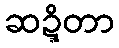
ဆဍ္ဍိတာ